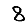
Digit: 8